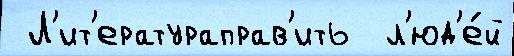
 Л'ит'ератураправ'ить  л'юд'е́й